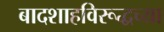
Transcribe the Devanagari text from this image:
बादशाहविरूद्धच्या